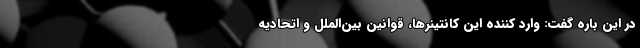
در این باره گفت: وارد کننده این کانتینرها، قوانین بین‌الملل و اتحادیه